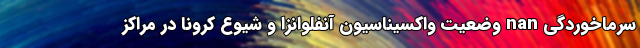
سرماخوردگی nan وضعیت واکسیناسیون آنفلوانزا و شیوع کرونا در مراکز